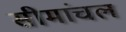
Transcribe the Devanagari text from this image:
सीमांचल